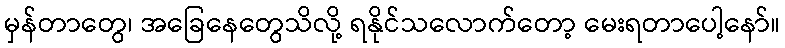
မှန်တာတွေ၊ အခြေနေတွေသိလို့ ရနိုင်သလောက်တော့ မေးရတာပေါ့နော်။